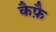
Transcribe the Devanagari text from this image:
कैफ़ै